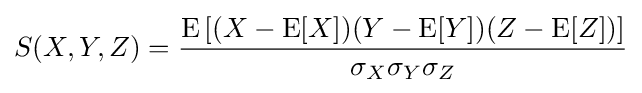
S(X,Y,Z)={\frac {\operatorname {E} \left[(X-\operatorname {E} [X])(Y-\operatorname {E} [Y])(Z-\operatorname {E} [Z])\right]}{\sigma _{X}\sigma _{Y}\sigma _{Z}}}